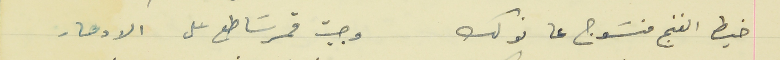
خيط الغنج منسَوج عا نولك                                  وجيت قمر سَاطع على الادهار